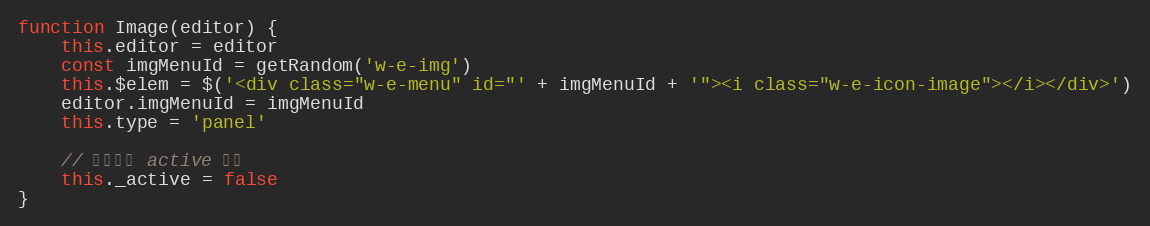
Language: JavaScript
function Image(editor) {
    this.editor = editor
    const imgMenuId = getRandom('w-e-img')
    this.$elem = $('<div class="w-e-menu" id="' + imgMenuId + '"><i class="w-e-icon-image"></i></div>')
    editor.imgMenuId = imgMenuId
    this.type = 'panel'

    // 当前是否 active 状态
    this._active = false
}